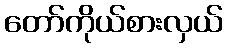
တော်ကိုယ်စားလှယ်